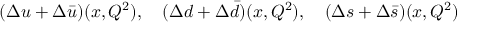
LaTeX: ( \Delta u + \Delta \bar { u } ) ( x , Q ^ { 2 } ) , ~ ~ ~ ( \Delta d + \Delta \bar { d } ) ( x , Q ^ { 2 } ) , ~ ~ ~ ( \Delta s + \Delta \bar { s } ) ( x , Q ^ { 2 } )